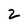
Character: 2